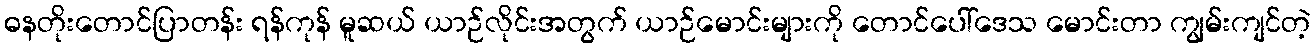
ဓနတိုးတောင်ပြာတန်း ရန်ကုန် မူဆယ် ယာဉ်လိုင်းအတွက် ယာဉ်မောင်းများကို တောင်ပေါ်ဒေသ မောင်းတာ ကျွမ်းကျင်တဲ့